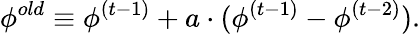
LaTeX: \phi^{old}\equiv\phi^{(t-1)}+a\cdot(\phi^{(t-1)}-\phi^{(t-2)}).